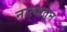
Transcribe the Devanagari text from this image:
नात्यातुन